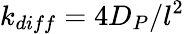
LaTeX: k_{diff}=4D_{P}/l^{2}